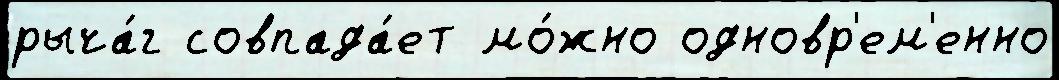
рыча́г совпада́ет мо́жно одновр'ем'енно